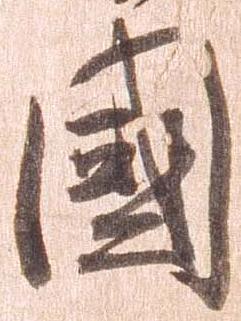
国